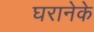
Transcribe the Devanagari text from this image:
घरानेके